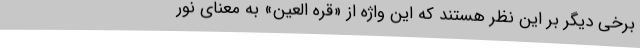
برخی دیگر بر این نظر هستند که این واژه از «قره العین» به معنای نور